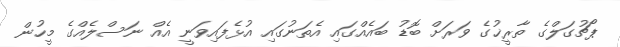
ޕޯޗުގަލްގެ ތާރީޚުގެ ވަރަށް ބޮޑު ބައެއްގައި އެތަނުގައި އުޅެފައިވަނީ އެއް ނަސްލެއްގެ މީހުން